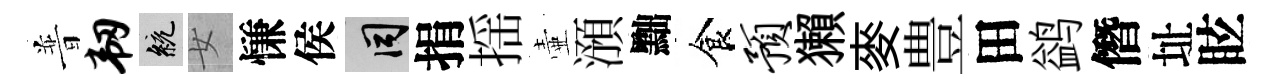
普韧統女慊侯间捐揺壷澦黜食预獺麥豊田鹢僭址眩